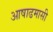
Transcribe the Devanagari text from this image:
आषाढमासी